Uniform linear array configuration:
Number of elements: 16
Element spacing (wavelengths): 0.75
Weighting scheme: hann
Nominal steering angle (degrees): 0
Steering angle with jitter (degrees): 0.3996
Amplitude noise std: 0.05
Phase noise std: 0.05

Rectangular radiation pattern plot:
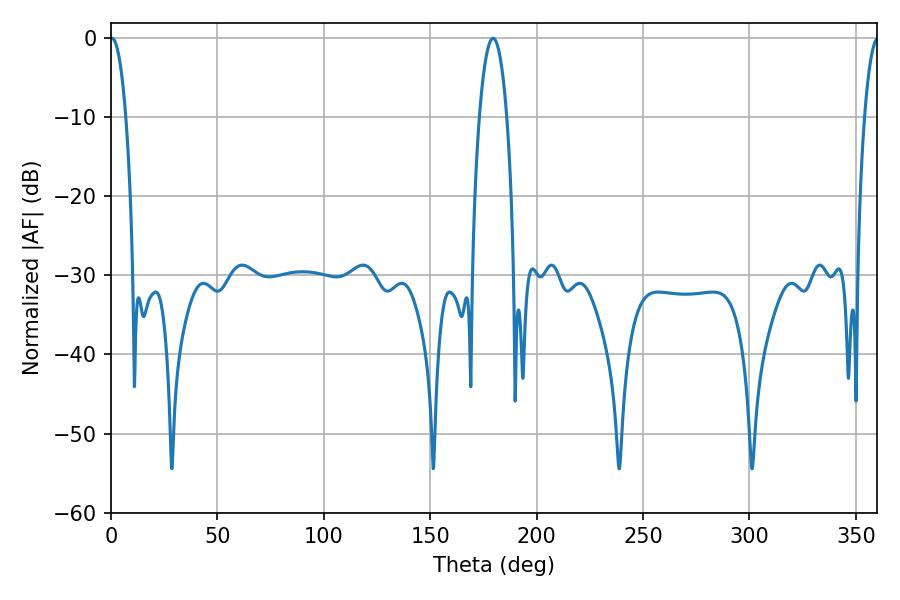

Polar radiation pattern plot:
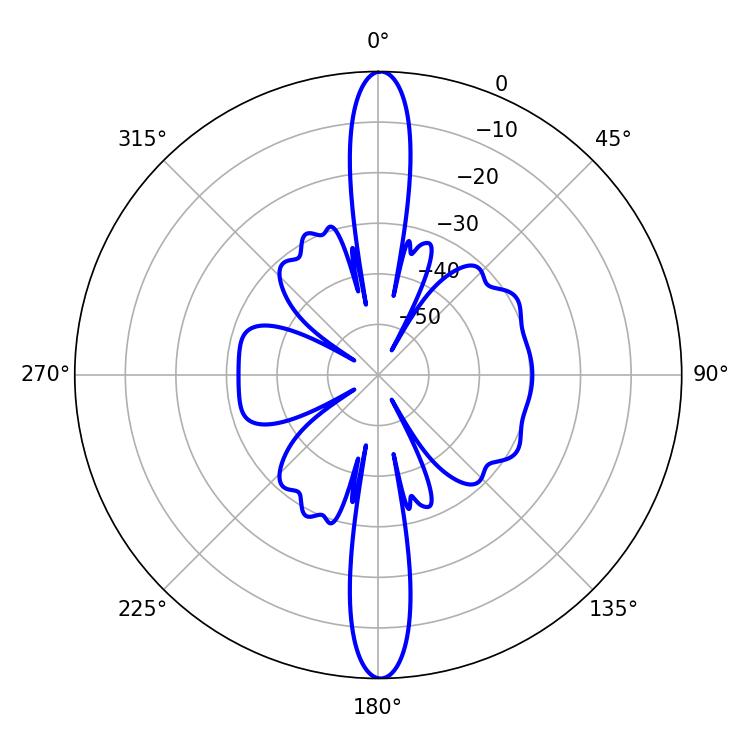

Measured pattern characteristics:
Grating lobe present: TRUE
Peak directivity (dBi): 28.318
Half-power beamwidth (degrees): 4.14
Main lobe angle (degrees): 0.54